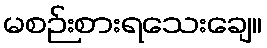
မစဉ်းစားရသေးချေ။